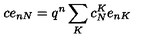
c e _ { n N } = q ^ { n } \sum _ { K } c _ { N } ^ { K } e _ { n K }